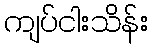
ကျပ်ငါးသိန်း